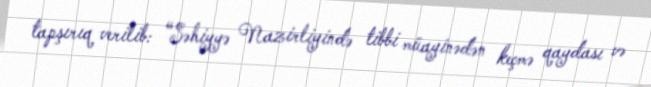
tapşırıq verilib: “Səhiyyə Nazirliyində tibbi müayinədən keçmə qaydası və